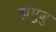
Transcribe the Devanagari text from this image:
होमुजु